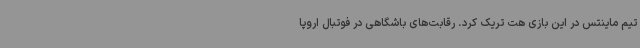
تیم ماینتس در این بازی هت تریک کرد. رقابت‌های باشگاهی در فوتبال اروپا